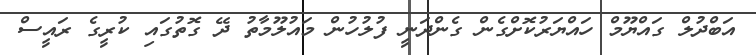
އަބްދުލް ގައްޔޫމް ހައްޔަރުކޮށްގެން ގެންދަނީ ފުލުހުން މައުލޫމާތު ދޭ ގޮތުގައި ކުރީގެ ރައީސް